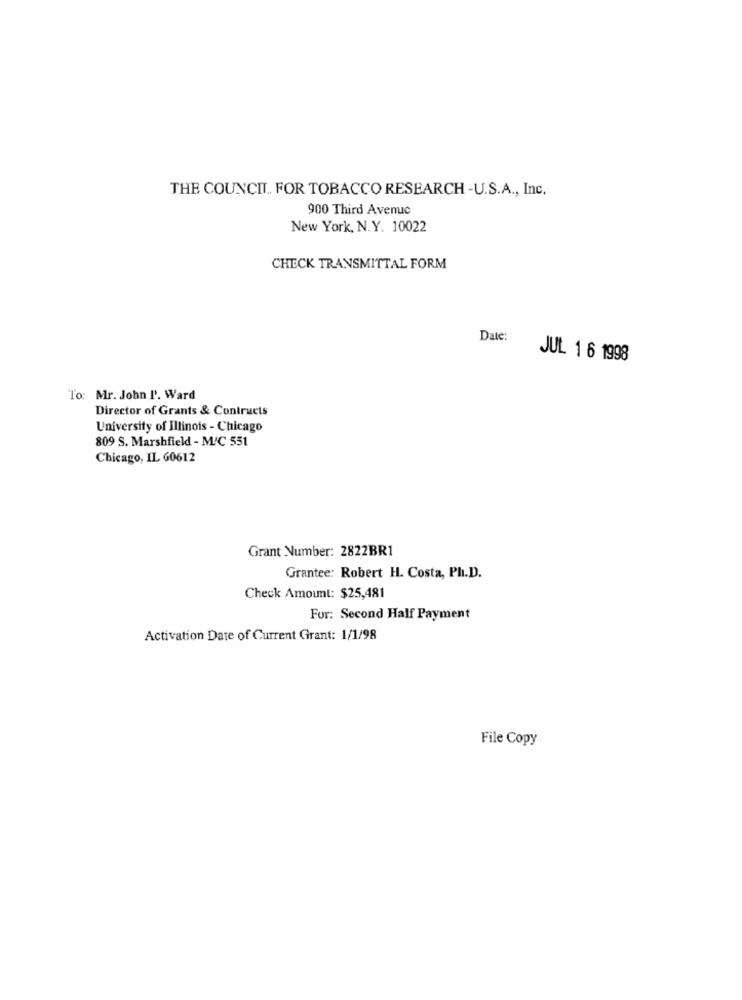
THE COUNCIL FOR TOBACCO RESEARCH -U.S.A ., Inc.
900 Third Avenue
New York, N.Y. 10022
CHECK TRANSMITTAL FORM
Date:
JUL 1 6 1998
To: Mr. John P'. Ward
Director of Grants & Contracts
University of Illinois - Chicago
809 S. Marshfield - M/C 551
Chicago, IL 60612
Grant Number: 2822BR1
Grantee: Robert H. Costa, Ph.D.
Check Amount: $25,481
For: Second Half Payment
Activation Date of Current Grant: 1/1/98
File Copy